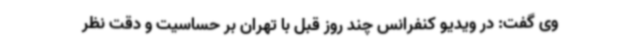
وی گفت: در ویدیو کنفرانس چند روز قبل با تهران بر حساسیت و دقت نظر